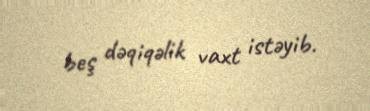
beş dəqiqəlik vaxt istəyib.